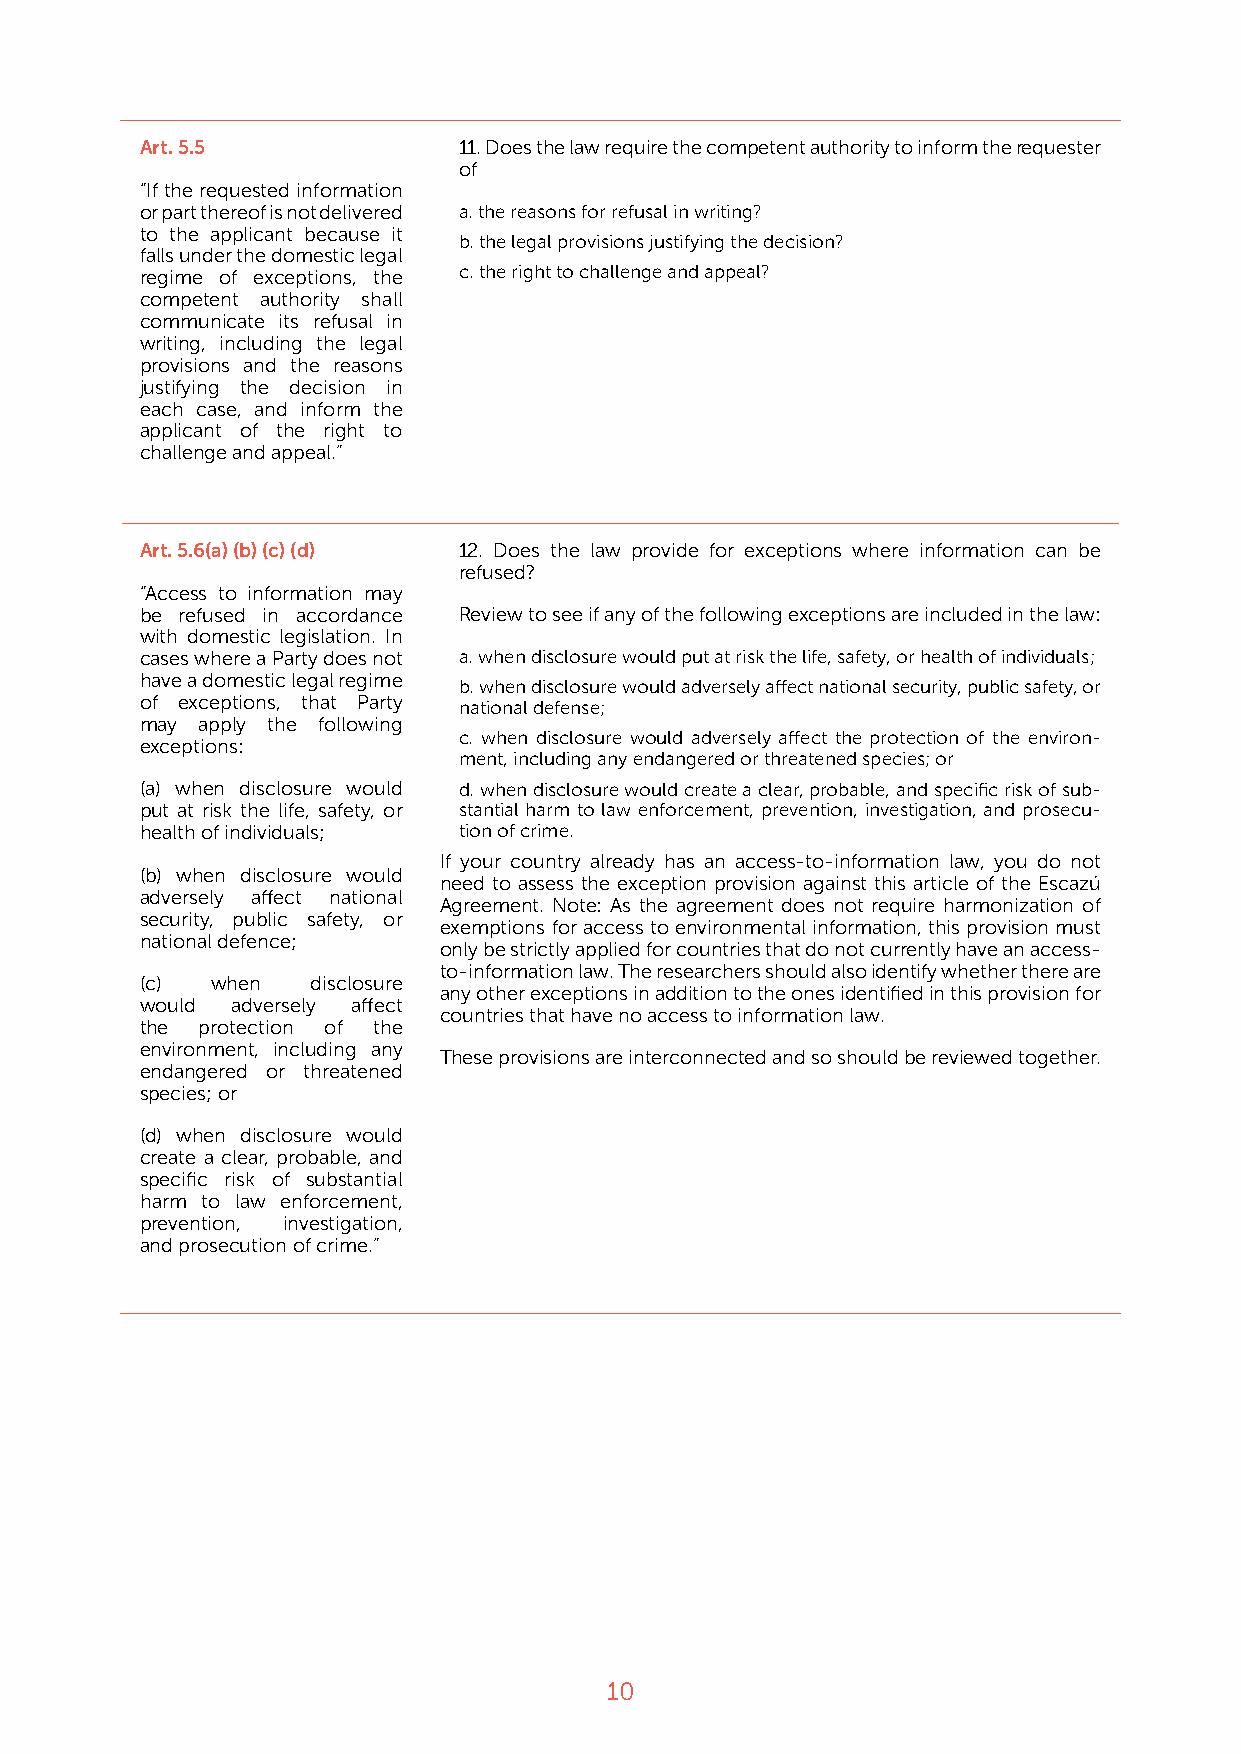
Art. 5.5             11. Does the law require the competent authority to inform the requester
 of
 “If the requested information
 or part thereof is not delivered a. the reasons for refusal in writing?
 to the applicant because it
 b. the legal provisions justifying the decision?
 falls under the domestic legal
 regime of exceptions, the c. the right to challenge and appeal?
 competent authority shall
 communicate its refusal in
 writing, including the legal
 provisions and the reasons
 justifying the decision in
 each case, and inform the
 applicant of the right to
 challenge and appeal.”
 Art. 5.6(a) (b) (c) (d) 12. Does the law provide for exceptions where information can be
 refused?
 “Access to information may
 be refused in accordance Review to see if any of the following exceptions are included in the law:
 with domestic legislation. In
 cases where a Party does not a. when disclosure would put at risk the life, safety, or health of individuals;
 have a domestic legal regime
 b. when disclosure would adversely affect national security, public safety, or
 of exceptions, that Party national defense;
 may apply the following
 c. when disclosure would adversely affect the protection of the environ-
 exceptions:
 ment, including any endangered or threatened species; or
 (a) when disclosure would d. when disclosure would create a clear, probable, and specific risk of sub-
 put at risk the life, safety, or stantial harm to law enforcement, prevention, investigation, and prosecu-
 health of individuals; tion of crime.
 If your country already has an access-to-information law, you do not
 (b) when disclosure would
 need to assess the exception provision against this article of the Escazú
 adversely affect national
 Agreement. Note: As the agreement does not require harmonization of
 security, public safety, or
 exemptions for access to environmental information, this provision must
 national defence;
 only be strictly applied for countries that do not currently have an access-
 to-information law. The researchers should also identify whether there are
 (c)  when   disclosure
 any other exceptions in addition to the ones identified in this provision for
 would adversely affect
 countries that have no access to information law.
 the protection of the
 environment, including any
 These provisions are interconnected and so should be reviewed together.
 endangered or threatened
 species; or
 (d) when disclosure would
 create a clear, probable, and
 specific risk of substantial
 harm to law enforcement,
 prevention, investigation,
 and prosecution of crime.”
 10